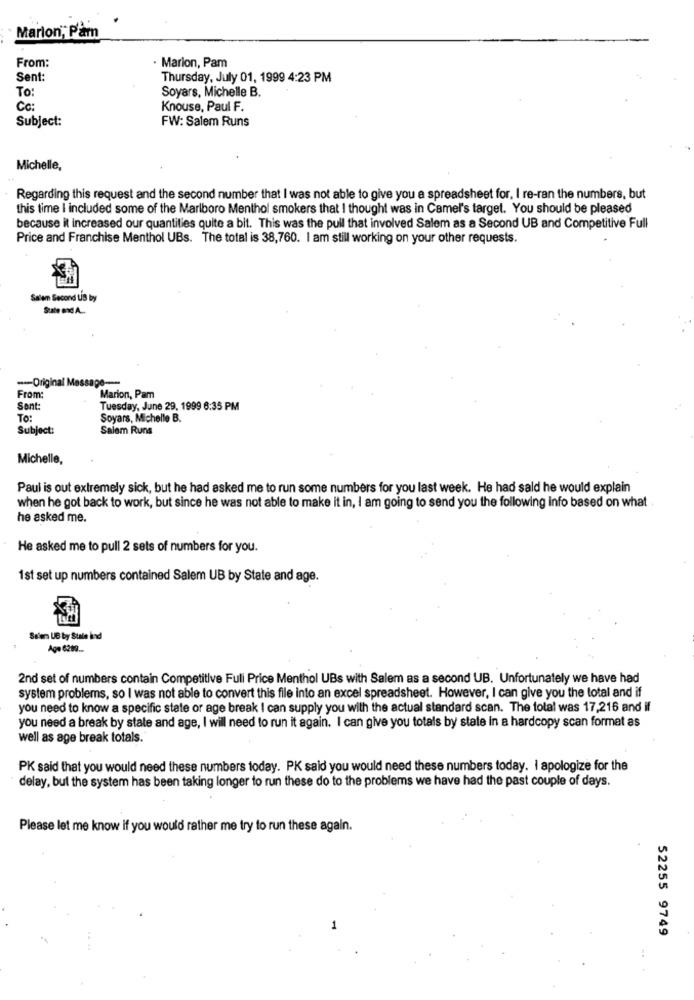
Marion, Pam
From:
. Marion, Pam
Sent:
Thursday, July 01, 1999 4:23 PM
To:
Soyars, Michelle B.
Co
Knouse, Paul F.
Subject:
FW: Salem Runs
Michelle,
Regarding this request and the second number that I was not able to give you a spreadsheet for. I re-ran the numbers, but
this time I included some of the Marlboro Menthol smokers that I thought was in Camel's target. You should be pleased
because it increased our quantities quite a bit. This was the pull that involved Salem as a Second UB and Competitive Full
Price and Franchise Menthol UBs. The total is 38,760. I am still working on your other requests.
Salem Second UB by
--- Original Message ---
From:
Marion, Pam
Sont:
Tuesday, June 29, 1999 6:35 PM
To:
Soyars, Michelle B.
Subject:
Salem Runs
Michelle,
Paul is out extremely sick, but he had asked me to run some numbers for you last week. He had sald he would explain
when he got back to work, but since he was not able to make it in, I am going to send you the following info based on what .
he asked me.
He asked me to pull 2 sets of numbers for you.
1st set up numbers contained Salem UB by State and age.
Se'en UB by Stale ind
Age 6299 ...
2nd set of numbers contain Competitive Full Price Menthol UBs with Salem as a second UB. Unfortunately we have had
system problems, so I was not able to convert this file into an excel spreadsheet. However, I can give you the total and if
you need to know a specific state or age break I can supply you with the actual standard scan. The total was 17,216 and if
you need a break by state and age, I will need to run it again. I can give you totals by state in a hardcopy scan format as
well as age break totals.
PK said that you would need these numbers today. PK said you would need these numbers today. I apologize for the
delay, but the system has been taking longer to run these do to the problems we have had the past couple of days.
Please let me know if you would rather me try to run these again.
52255 9749